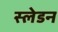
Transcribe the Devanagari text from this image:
स्लेडन